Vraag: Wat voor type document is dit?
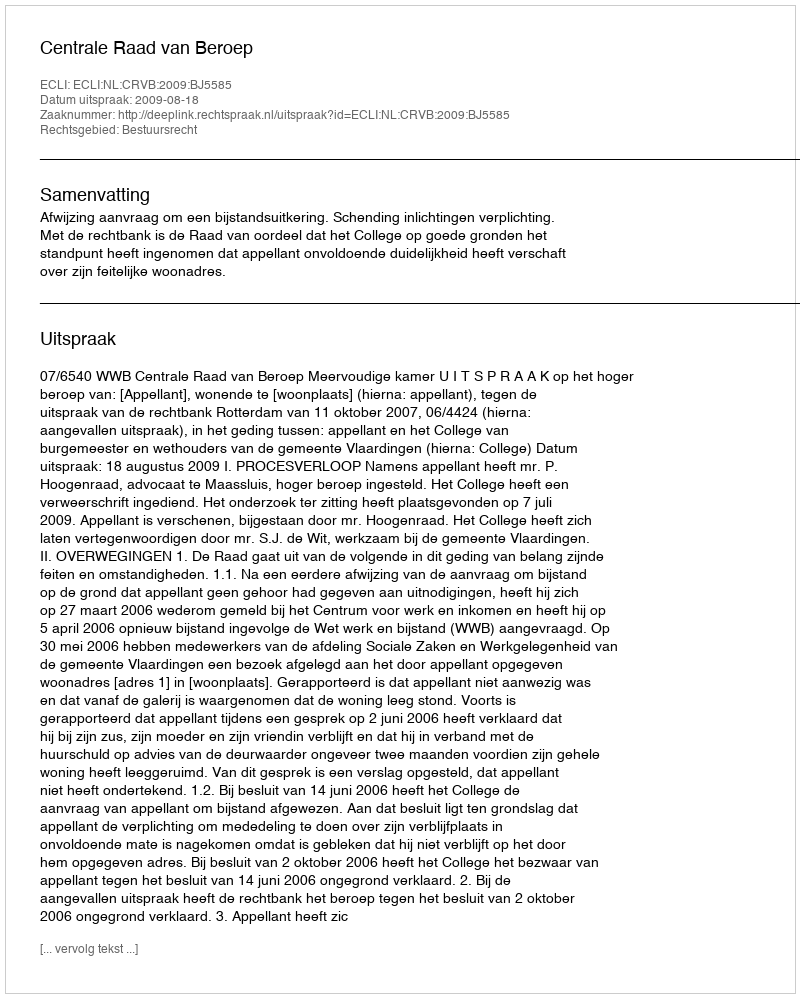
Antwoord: Uitspraak